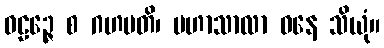
ဝဠဉ္ဇေ စ ဂဟပတိ၊ မဟာသာလာ ဓနေ သိယုံ။